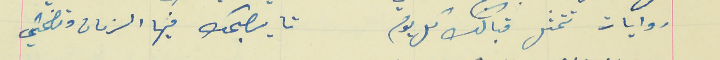
روايات تتمثل قبالك كل يوم                                      تا يصبحك فيها الزمان وتضحكي